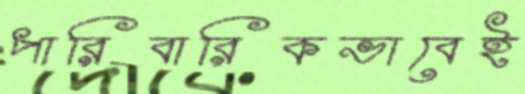
পারিবারিকভাবেই